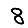
Digit: 8